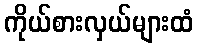
ကိုယ်စားလှယ်များထံ